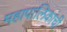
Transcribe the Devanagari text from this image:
महापालिकांची